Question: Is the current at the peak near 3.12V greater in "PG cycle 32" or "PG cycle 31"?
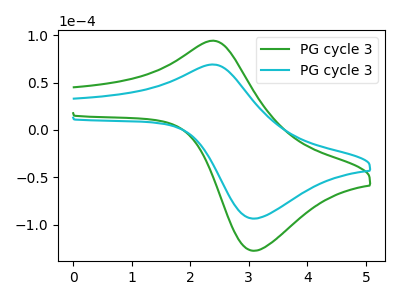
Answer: <think>The green curve "PG cycle 31" has an anodic peak at (2.35V, 94.25uA) and a cathodic peak at (3.10V, -127.55uA). The cyan curve "PG cycle 32" has an anodic peak at (2.35V, 69.15uA) and a cathodic peak at (3.10V, -93.60uA).</think>
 <answer>The peak at 3.12V is lower in "PG cycle 32" than in "PG cycle 31".</answer>
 <eval>lower</eval>